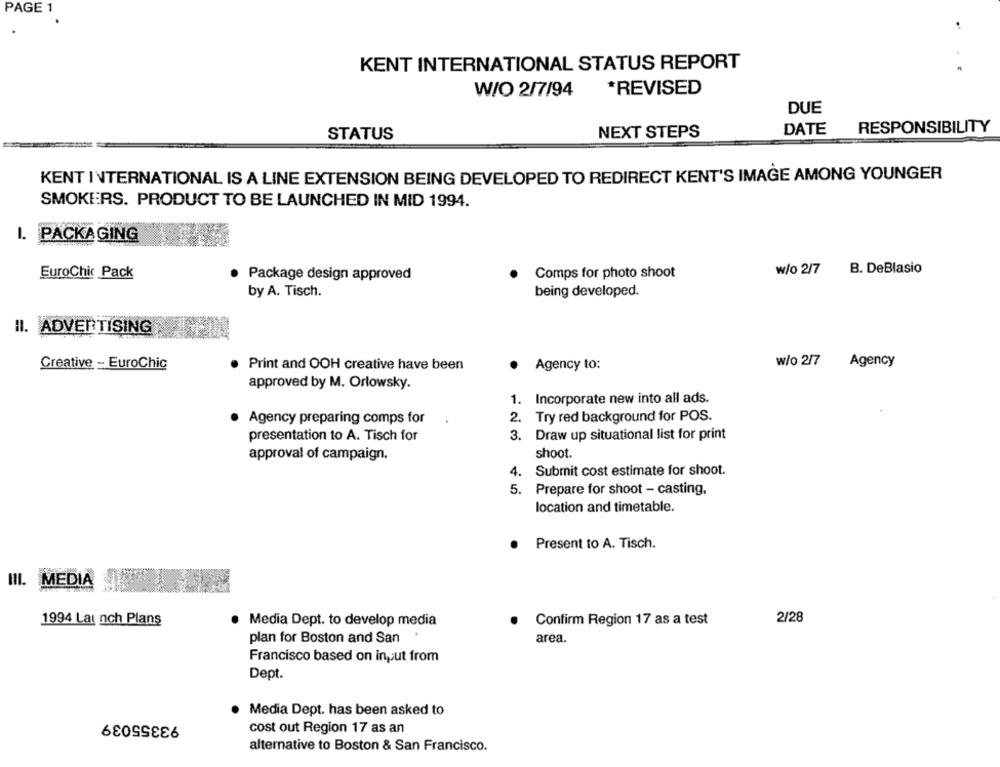
PAGE 1
KENT INTERNATIONAL STATUS REPORT
W/O 2/7/94
*REVISED
DUE
DATE
RESPONSIBILITY
STATUS
NEXT STEPS
KENT INTERNATIONAL IS A LINE EXTENSION BEING DEVELOPED TO REDIRECT KENT'S IMAGE AMONG YOUNGER
SMOKERS. PRODUCT TO BE LAUNCHED IN MID 1994.
I. PACKAGING
B. DeBlasio
Euro Chic Pack
· Package design approved
Comps for photo shoot
w/o 2/7
by A. Tisch.
being developed.
II. ADVERTISING
Creative - EuroChic
· Print and OOH creative have been
· Agency to:
w/o 2/7
Agency
approved by M. Orlowsky.
1. Incorporate new into all ads.
Agency preparing comps for
2. Try red background for POS.
presentation to A. Tisch for
3. Draw up situational list for print
approval of campaign.
shoot.
4. Submit cost estimate for shoot.
5. Prepare for shoot - casting,
location and timetable.
Present to A. Tisch.
III. MEDIA
1994 Lat nch Plans
Media Dept. to develop media
Confirm Region 17 as a test
2/28
plan for Boston and San
area.
Francisco based on input from
Dept.
Media Dept. has been asked to
93355039
cost out Region 17 as an
alternative to Boston & San Francisco.